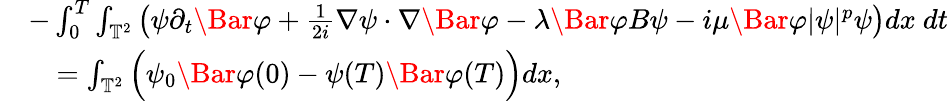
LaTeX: \begin{array}{rl}&{-\int_{0}^{T}\int_{\mathbb{T}^{2}}\left(\psi\partial_{t}\Bar{\varphi}+\frac{1}{2i}\nabla\psi\cdot\nabla\Bar{\varphi}-\lambda\Bar{\varphi}B\psi-i\mu\Bar{\varphi}\lvert\psi\rvert^{p}\psi\right)dx\ dt}\\ &{\quad=\int_{\mathbb{T}^{2}}\Big(\psi_{0}\Bar{\varphi}(0)-\psi(T)\Bar{\varphi}(T)\Big)dx,}\end{array}